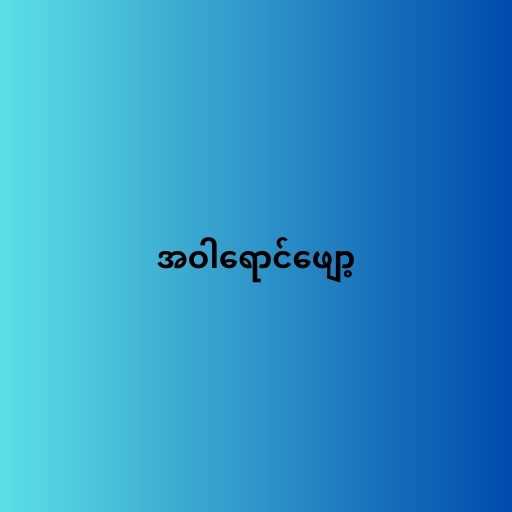
အဝါရောင်ဖျော့